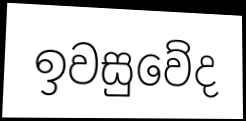
ඉවසුවේද